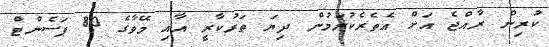
ކުރިން ރާއްޖެ އަށް އެތެރެކުރަމުން ދިޔަ ތަރުކާރީ އާއި މޭވާގެ 80 ޕަސެންޓް